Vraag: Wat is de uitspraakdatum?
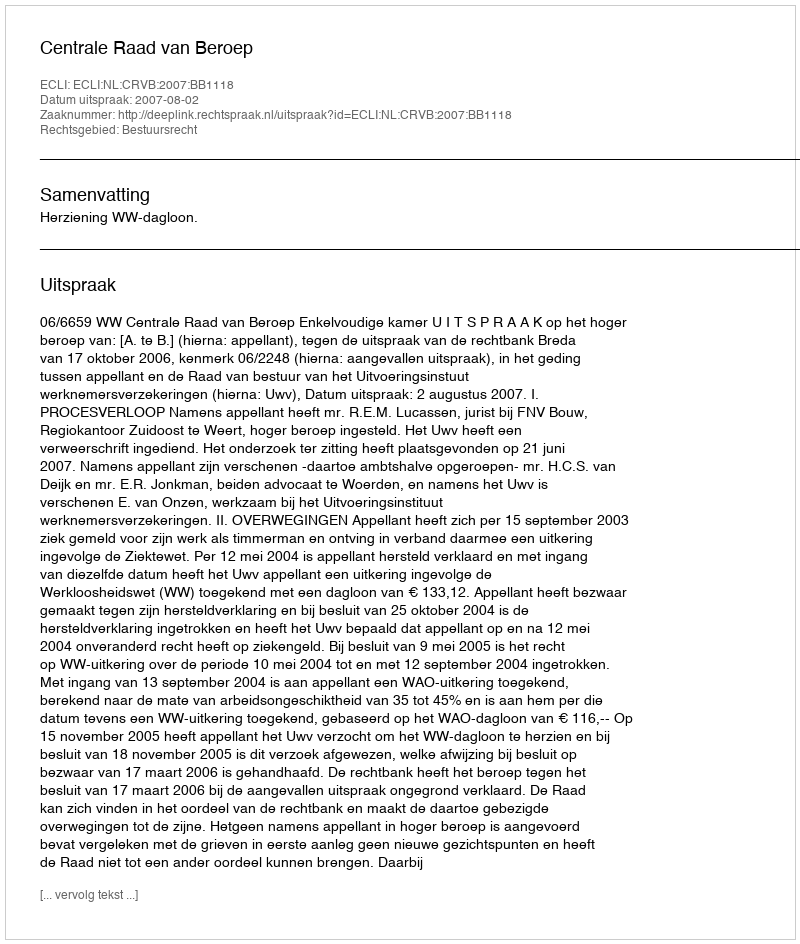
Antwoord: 2007-08-02